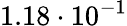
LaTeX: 1.18\cdot 10^{-1}